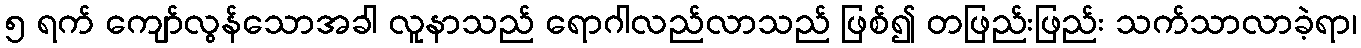
၅ ရက် ကျော်လွန်သောအခါ လူနာသည် ရောဂါလည်လာသည် ဖြစ်၍ တဖြည်းဖြည်း သက်သာလာခဲ့ရာ၊